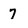
Character: 7